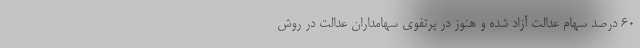
۶۰ درصد سهام عدالت آزاد شده و هنوز در پرتفوی سهامداران عدالت در روش